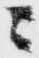
ニ